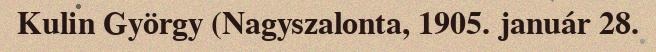
Kulin György (Nagyszalonta, 1905. január 28.